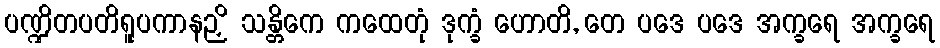
ပဏ္ဍိတပတိရူပကာနဉှိ သန္တိကေ ကထေတုံ ဒုက္ခံ ဟောတိ, တေ ပဒေ ပဒေ အက္ခရေ အက္ခရေ